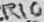
Text: R10